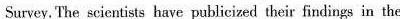
Survey. The seicntists have publicized their findinga in the